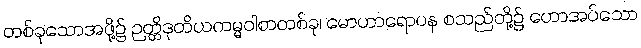
တစ်ခုသောအဖို့၌ ဉတ္တိဒုတိယကမ္မဝါစာတစ်ခု၊ မောဟာရောပန စသည်တို့၌ ဟောအပ်သော